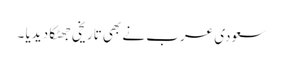
سعودی عرب نے بھی تاریخی جھٹکا دیدیا ۔